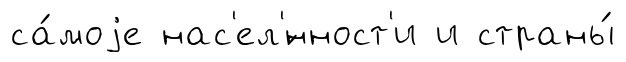
са́моjе нас'ел'́нност'и и страны́